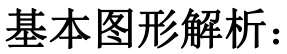
基本图形解析：